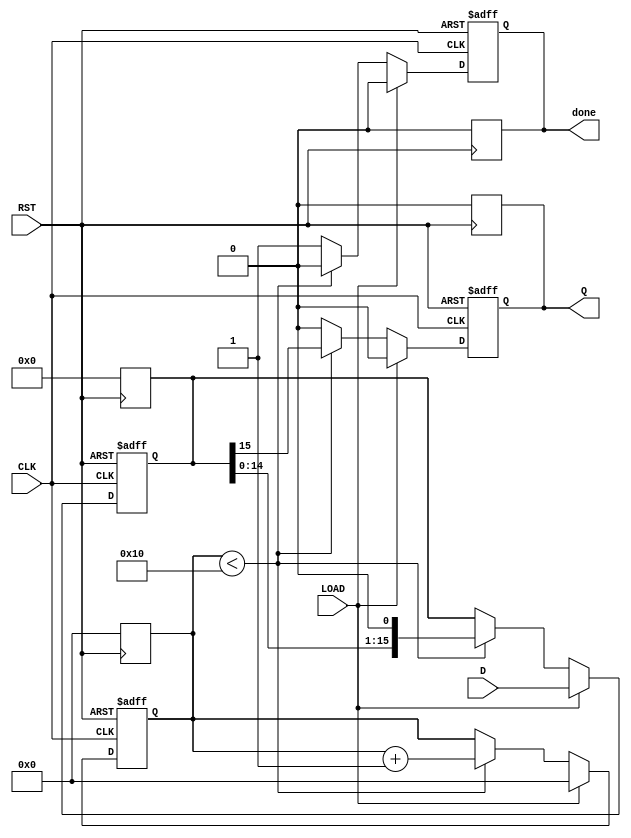
module PISO_Register (
    input wire [15:0] D,      // 16-bit parallel data input
    input wire LOAD,          // Load control signal
    input wire CLK,           // Clock signal
    input wire RST,           // Reset signal
    output reg Q,             // Serial output
    output reg done           // Indication when shifting is complete
);

    reg [15:0] internal_reg;  // Internal register to hold the data
    reg [4:0] bit_count;      // Counter for the number of bits shifted out

    // Asynchronous reset
    always @(posedge RST) begin
        internal_reg <= 16'b0; // Clear the internal register
        Q <= 1'b0;              // Clear the output
        bit_count <= 5'b0;      // Reset bit counter
        done <= 1'b0;           // Reset done signal
    end

    // Main operation block
    always @(posedge CLK or posedge RST) begin
        if (RST) begin
            internal_reg <= 16'b0; // Clear the internal register
            Q <= 1'b0;              // Clear the output
            bit_count <= 5'b0;      // Reset bit counter
            done <= 1'b0;           // Reset done signal
        end else if (LOAD) begin
            internal_reg <= D;      // Load data into internal register
            Q <= 1'b0;              // Output remains stable
            bit_count <= 5'b0;      // Reset bit counter
            done <= 1'b0;           // Reset done signal
        end else begin
            if (bit_count < 16) begin
                Q <= internal_reg[15]; // Shift out the MSB
                internal_reg <= {internal_reg[14:0], 1'b0}; // Shift left
                bit_count <= bit_count + 1; // Increment bit counter
                done <= 1'b0; // Indicate shifting is still in progress
            end else begin
                Q <= 1'b0;      // Output zero after all bits are shifted
                done <= 1'b1;   // Indicate shifting is complete
            end
        end
    end

endmodule